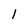
Character: 1